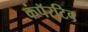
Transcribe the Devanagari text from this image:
कंपॅरटिव